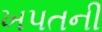
ખપતની